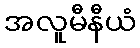
အလူမီနီယံ